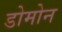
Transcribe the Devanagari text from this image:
डोमोन